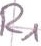
Text: R1